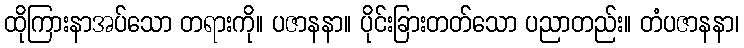
ထိုကြားနာအပ်သော တရားကို။ ပဇာနနာ။ ပိုင်းခြားတတ်သော ပညာတည်း။ တံပဇာနနာ၊